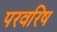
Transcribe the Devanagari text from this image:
परवरिष